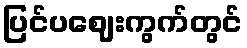
ပြင်ပဈေးကွက်တွင်